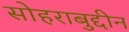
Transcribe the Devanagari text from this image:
सोहराबुद्दीन